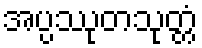
အပ္ပဿုတသုတ္တံ